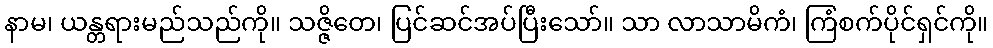
နာမ၊ ယန္တရားမည်သည်ကို။ သဇ္ဇိတေ၊ ပြင်ဆင်အပ်ပြီးသော်။ သာ လာသာမိကံ၊ ကြံစက်ပိုင်ရှင်ကို။